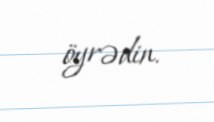
öyrədin.